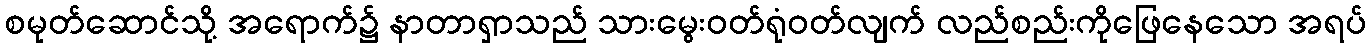
စမုတ်ဆောင်သို့ အရောက်၌ နာတာရှာသည် သားမွေးဝတ်ရုံဝတ်လျက် လည်စည်းကိုဖြေနေသော အရပ်